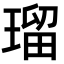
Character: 瑠